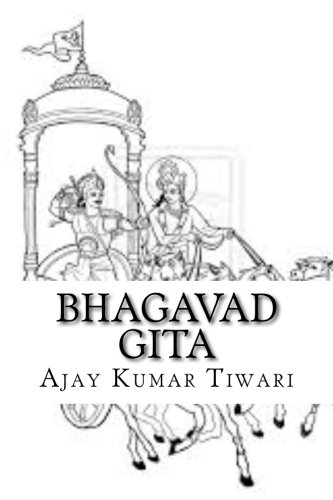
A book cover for Bhagavad Gita: A Truth of Life; Mr Ajay Kumar Tiwari; Religion & Spirituality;